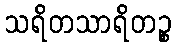
သရိတသာရိတဉ္စ